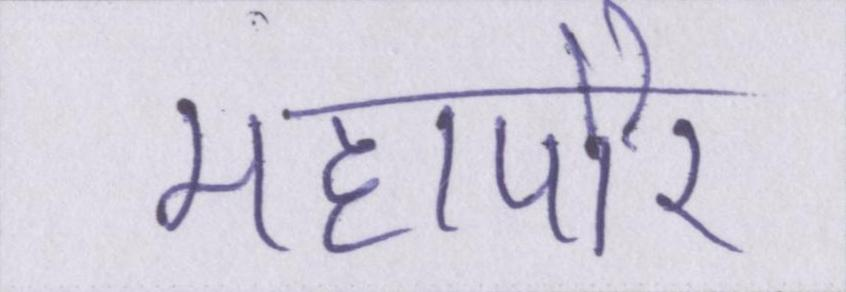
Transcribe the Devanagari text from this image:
महापौर